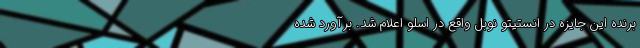
برنده این جایزه در انستیتو نوبل واقع در اسلو اعلام شد. برآورد شده